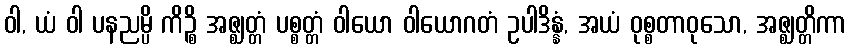
ဝါ, ယံ ဝါ ပနညမ္ပိ ကိဉ္စိ အဇ္ဈတ္တံ ပစ္စတ္တံ ဝါယော ဝါယောဂတံ ဥပါဒိန္နံ, အယံ ဝုစ္စတာဝုသော, အဇ္ဈတ္တိကာ